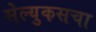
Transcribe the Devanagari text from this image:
सेल्युकसचा